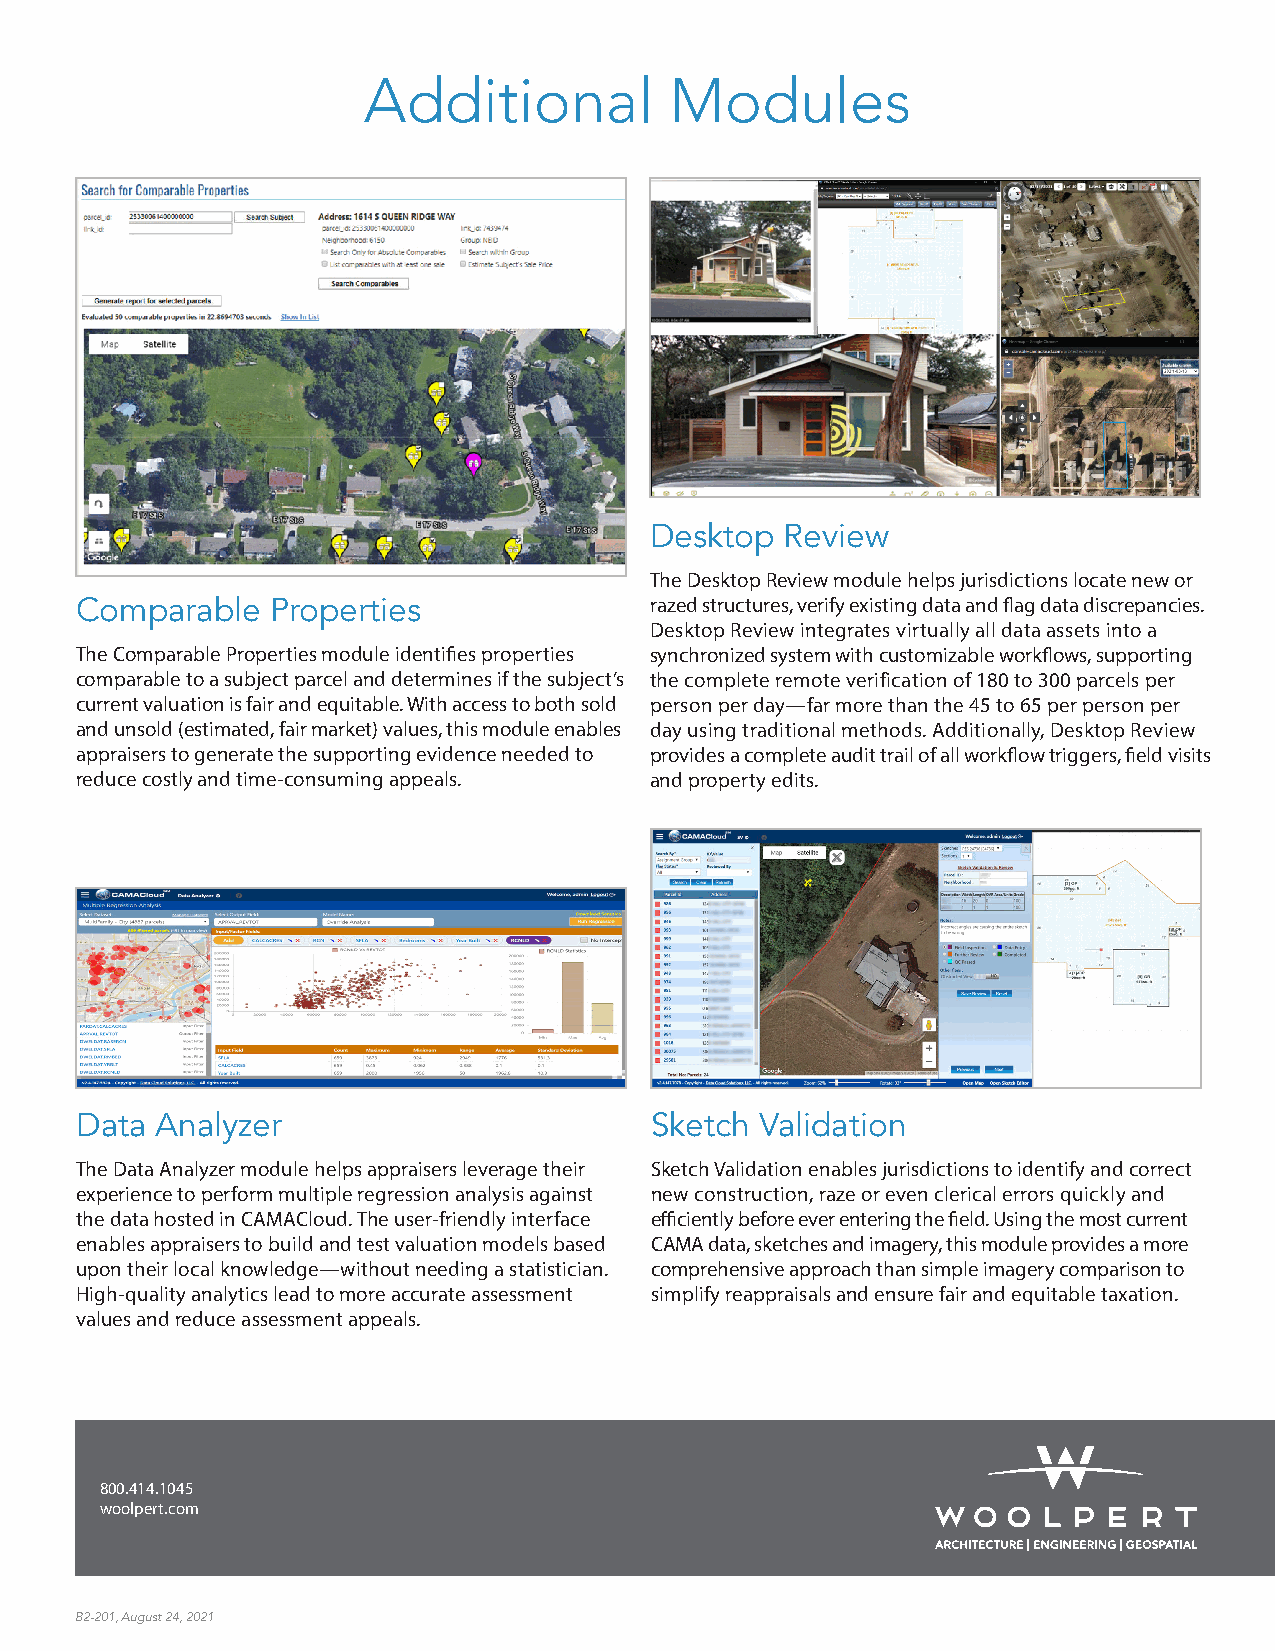
Additional          Modules
 Desktop  Review
 The Desktop Review module helps jurisdictions locate new or
 Comparable   Properties               razed structures, verify existing data and flag data discrepancies.
 Desktop Review integrates virtually all data assets into a
 The Comparable Properties module identifies properties synchronized system with customizable workflows, supporting
 comparable to a subject parcel and determines if the subject’s the complete remote verification of 180 to 300 parcels per
 current valuation is fair and equitable. With access to both sold person per day—far more than the 45 to 65 per person per
 and unsold (estimated, fair market) values, this module enables day using traditional methods. Additionally, Desktop Review
 appraisers to generate the supporting evidence needed to provides a complete audit trail of all workflow triggers, field visits
 reduce costly and time-consuming appeals. and property edits.
 Data Analyzer                         Sketch Validation
 The Data Analyzer module helps appraisers leverage their Sketch Validation enables jurisdictions to identify and correct
 experience to perform multiple regression analysis against new construction, raze or even clerical errors quickly and
 the data hosted in CAMACloud. The user-friendly interface efficiently before ever entering the field. Using the most current
 enables appraisers to build and test valuation models based CAMA data, sketches and imagery, this module provides a more
 upon their local knowledge—without needing a statistician. comprehensive approach than simple imagery comparison to
 High-quality analytics lead to more accurate assessment simplify reappraisals and ensure fair and equitable taxation.
 values and reduce assessment appeals.
 800.414.1045
 woolpert.com
 B2-201, August 24, 2021